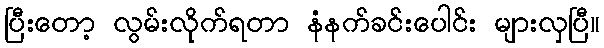
ပြီးတော့ လွမ်းလိုက်ရတာ နံနက်ခင်းပေါင်း များလှပြီ။